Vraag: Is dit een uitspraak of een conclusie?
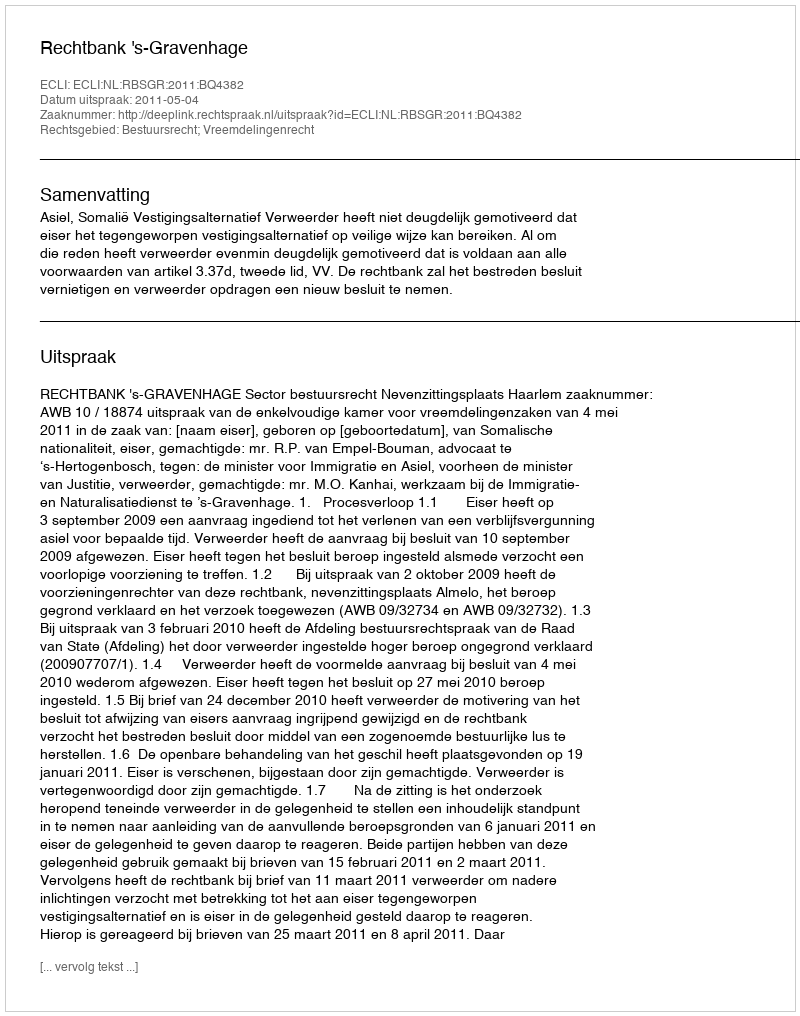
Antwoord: Uitspraak